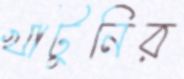
খাটুনির